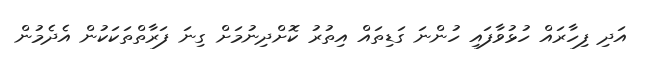
އަދި ފިހާރައް ހުޅުވާފައި ހުންނަ ގަޑިތައް އިތުރު ކޮށްދިނުމަށް ގިނަ ފަރާތްތަކަކުން އެދެމުން